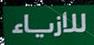
للازياء